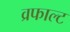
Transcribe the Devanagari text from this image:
व्रफाल्ट